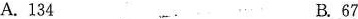
A.134 B.67